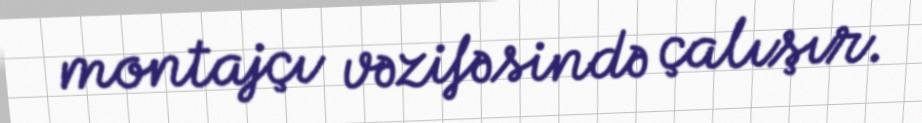
montajçı vəzifəsində çalışır.